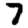
Digit: 7